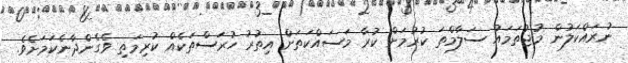
ނުރައްކަލުން މުޖުތަމައު ސަލާމްތަ ކުރުމަށް ކުރާ މަސައްކަތަށް އިތުުރު ހުރަސްތަކެއް ކުރިމަތި ވެގެންދާނެކަމަށެވެ.